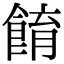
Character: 𩛭